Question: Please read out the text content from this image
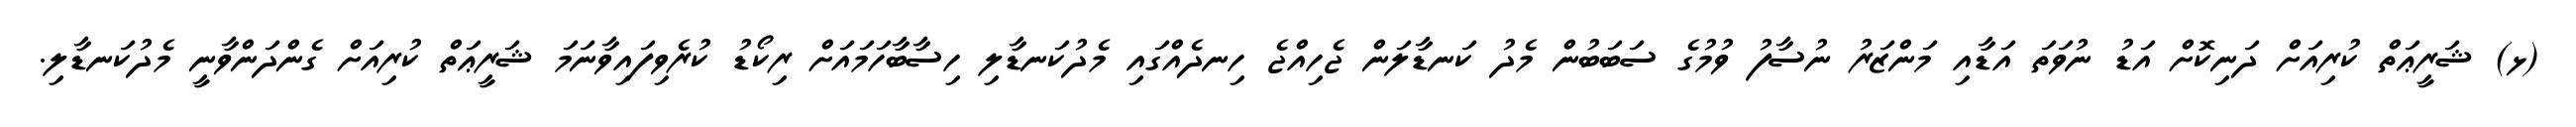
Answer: (ޅ) ޝަރީޢަތް ކުރިއަށް ދަނިކޮށް އަޑު ނުވަތަ އަޑާއި މަންޒަރު ނުސާފު ވުމުގެ ސަބަބުން މެދު ކަނޑާލަން ޖެހިއްޖެ ހިނދެއްގައި މެދުކަނޑާލި ހިސާބާހަމައަށް ރިކޯޑު ކުރެވިފައިވާނަމަ ޝަރީޢަތް ކުރިއަށް ގެންދަންވާނީ މެދުކަނޑާލި.